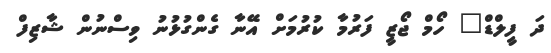
ދަ ފީލްޑް" ހޯމް ޖޯޒީ ފަރުމާ ކުރުމަށް އޭނާ ގެންގުޅުނު ވިސްނުން ޝާޒިފް